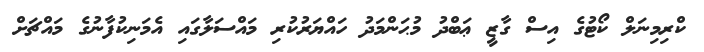
ކްރިމިނަލް ކޯޓުގެ އިސް ގާޒީ ޢަބްދު މުޙަންމަދު ހައްޔަރުކުރި މައްސަލާގައި އެމަނިކުފާނުގެ މައްޗަށް